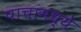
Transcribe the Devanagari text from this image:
पाचांमध्ये